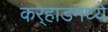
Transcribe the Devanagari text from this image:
कर्‍हाडमध्ये